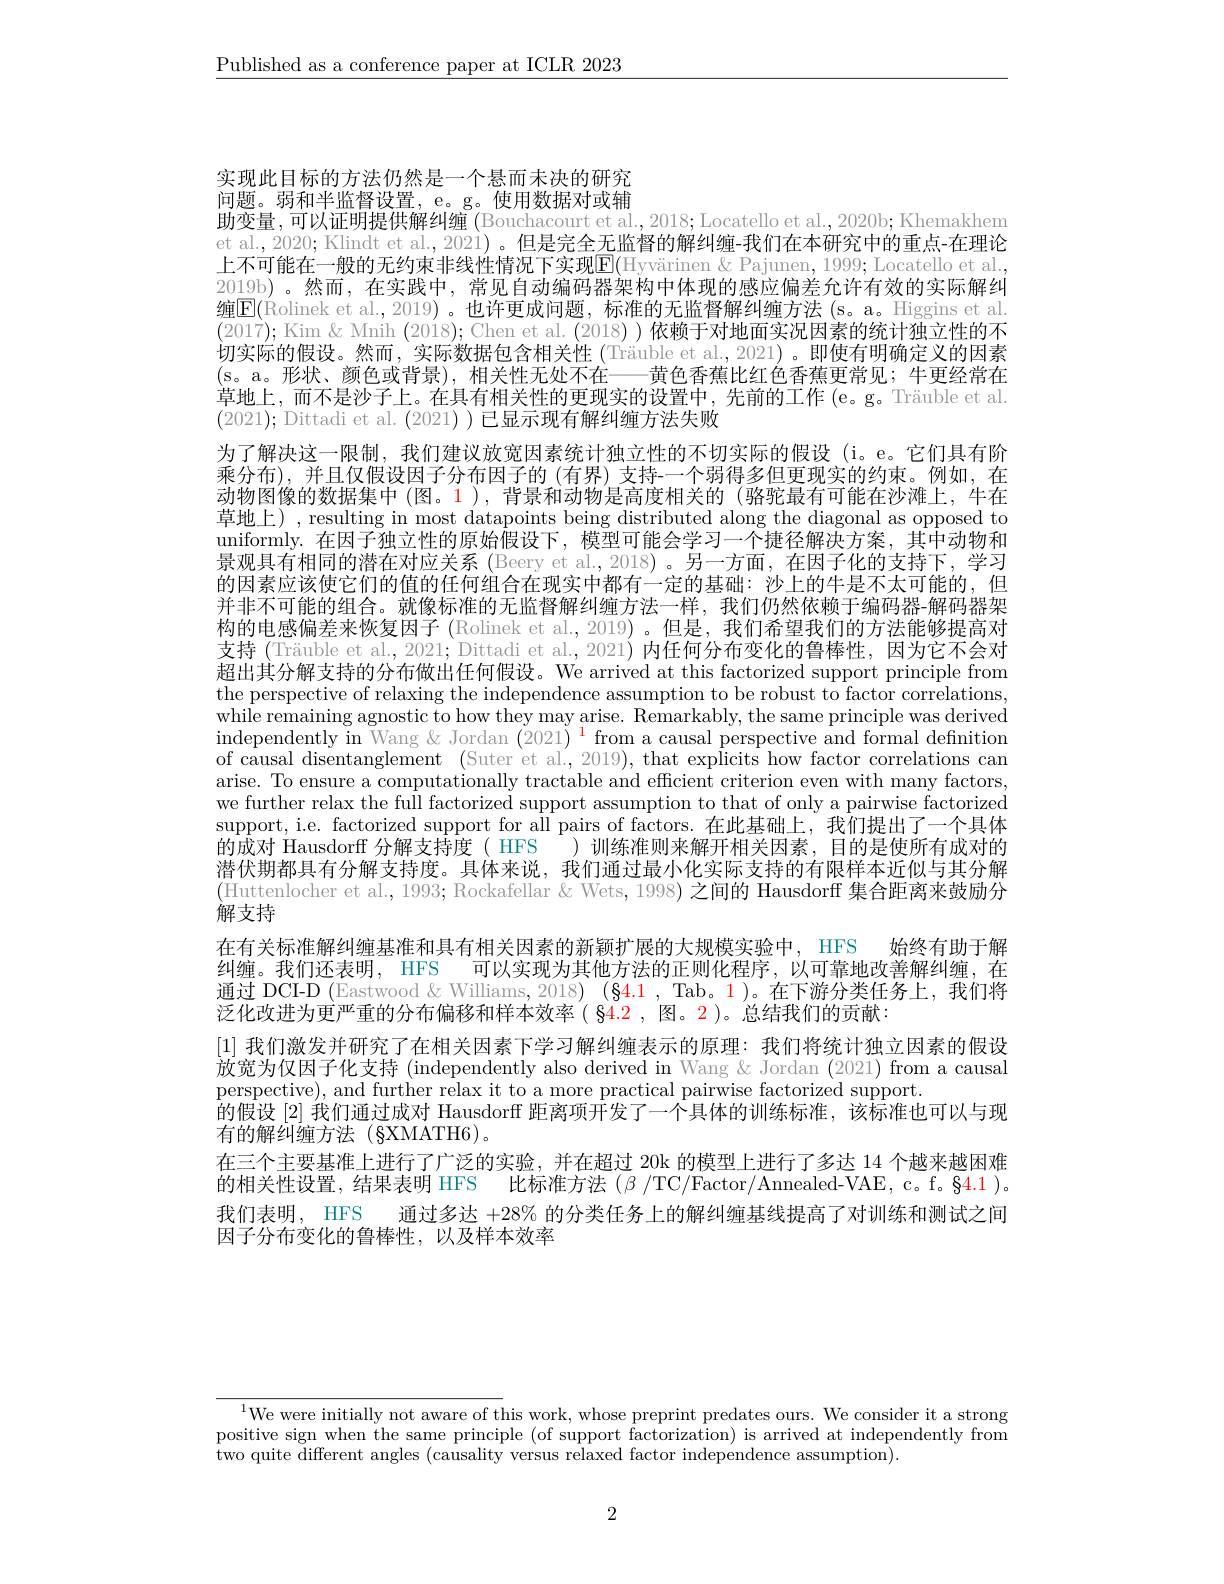
$\underline{\text{Published as a conference paper at ICLR 2023}}$

实现此目标的方法仍然是一个悬而未决的研究

问题。弱和半监督设置，e。g。使用数据对或辅
助变量 ,可以证明提供解纠缠 (Bouchacourt et al.,2018; Locatello et al.,2020b; Khemakhem et al., 2020; Klindt et al, 2021) 。但是完全无监督的解纠缠-我们在本研究中的重点-在理论上不可能在一般的无约束非线性情况下实现$\overline{\mathrm{E}}($Hyvärinen &Pajunen, 1999; Locatello et al. 2019b) 。然而，在实践中，常见自动编码器架构中体现的感应偏差允许有效的实际解纠缠$\boxed{\mathrm{F}}($Rolinek et al.,2019)。也许更成问题，标准的无监督解纠缠方法(s。a。Higgins et al. (2017); Kim & Mnih (2018); Chen et al. (2018) )依赖于对地面实况因素的统计独立性的不切实际的假设。然而，实际数据包含相关性 (Träuble et al, 2021)。即使有明确定义的因素(s。a。形状、颜色或背景),相关性无处不在——黄色香蕉比红色香蕉更常见；牛更经常在草地上，而不是沙子上。在具有相关性的更现实的设置中，先前的工作(e。g。Träuble et al. (2021); Dittadi et al. (2021))已显示现有解纠缠方法失败
为了解决这一限制，我们建议放宽因素统计独立性的不切实际的假设(i。e。它们具有阶乘分布),并且仅假设因子分布因子的 (有界) 支持-一个弱得多但更现实的约束。例如，在动物图像的数据集中(图。1),背景和动物是高度相关的(骆驼最有可能在沙滩上，牛在草地上),resulting in most datapoints being distributed along the diagonal as opposed to uniformly. 在因子独立性的原始假设下，模型可能会学习一个捷径解决方案，其中动物和$\bar{\text{景观具有相同的潜在对应关系 (Beery et al.,2018)。另一方面，在因子化的支持下，学习}}$ 的因素应该使它们的值的任何组合在现实中都有一定的基础：沙上的牛是不太可能的，但并非不可能的组合。就像标准的无监督解纠缠方法一样，我们仍然依赖于编码器-解码器架构的电感偏差来恢复因子 (Rolinek et al., 2019) 。但是，我们希望我们的方法能够提高对支持 (Träuble et al., 2021; Dittadi et al., 2021) 内任何分布变化的鲁棒性，因为它不会对超出其分解支持的分布做出任何假设。We arrived at this factorized support principle from the perspective of relaxing the independence assumption to be robust to factor correlations, while remaining agnostic to how they may arise. Remarkably, the same principle was derived $\begin{array}{cc}\text{independently in Wang \& Jordan (2021)}\\\text{ifrom a causal perspective and formal definition}\end{array}$ of causal disentanglement (Suter et al., 2019), that explicits how factor correlations can arise. To ensure a computationally tractable and efficient criterion even with many factors, we further relax the full factorized support assumption to that of only a pairwise factorized support, i.e. factorized support for all pairs of factors. 在此基础上，我们提出了一个具体的成对 Hausdorff 分解支持度( HFS )训练准则来解开相关因素，目的是使所有成对的潜伏期都具有分解支持度。具体来说，我们通过最小化实际支持的有限样本近似与其分解(Huttenlocher et al., 1993; Rockafellar & Wets, 1998) 之间的 Hausdorff 集合距离来鼓励分解支持
在有关标准解纠缠基准和具有相关因素的新颖扩展的大规模实验中，HFS 始终有助于解纠缠。我们还表明，HFS 可以实现为其他方法的正则化程序，以可靠地改善解纠缠，在通过 DCI-D (Eastwood &Williams, 2018) (§4.1 , Tab。1 )。在下游分类任务上，我们将泛化改进为更严重的分布偏移和样本效率( $\color{red}{84.2}$ , 图。2)。总结我们的贡献
[1]我们激发并研究了在相关因素下学习解纠缠表示的原理：我们将统计独立因素的假设放宽为仅因子化支持 (independently also derived in Wang &Jordan (2021) from a causal perspective), and further relax it to a more practical pairwise factorized support.
的假设 [2] 我们通过成对 Hausdorf 距离项开发了一个具体的训练标准，该标准也可以与现
有的解纠缠方法(§XMATH6)。
在三个主要基准上进行了广泛的实验，并在超过 20k 的模型上进行了多达 14 个越来越困难的相关性设置，结果表明 HFS 比标准方法(β/TC/Factor/Annealed-VAE,c。f。§4.1)。我们表明，HFS 通过多达$+28\%$的分类任务上的解纠缠基线提高了对训练和测试之间因子分布变化的鲁棒性，以及样本效率

$^{1}$We were initially not aware of this work, whose preprint predates ours. We consider it a strong positive sign when the same principle (of support factorization) is arrived at independently from two quite different angles (causality versus relaxed factor independence assumption).

2